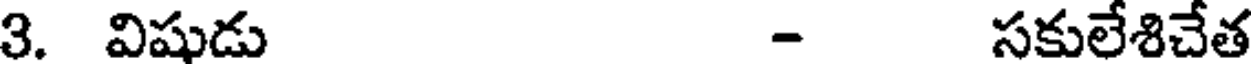
3. విషుడు - సకులేశిచేత